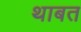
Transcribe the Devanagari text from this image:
थाबत